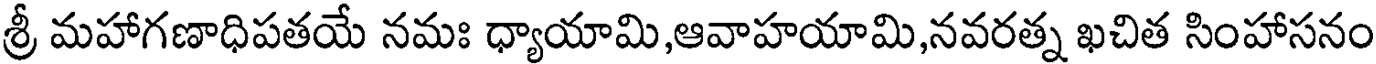
శ్రీ మహాగణాధిపతయే నమః ధ్యాయామి,ఆవాహయామి,నవరత్న ఖచిత సింహాసనం